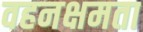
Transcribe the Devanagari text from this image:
वहनक्षमता